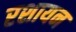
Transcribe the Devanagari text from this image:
रशायन